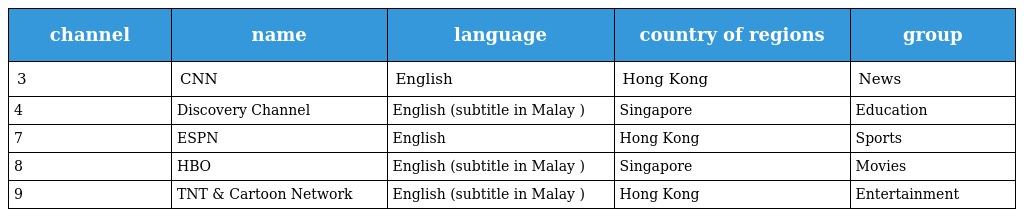
| channel | name | language | country of regions | group |
 | --- | --- | --- | --- | --- |
 | 3 | CNN | English | Hong Kong | News |
 | 4 | Discovery Channel | English (subtitle in Malay ) | Singapore | Education |
 | 7 | ESPN | English | Hong Kong | Sports |
 | 8 | HBO | English (subtitle in Malay ) | Singapore | Movies |
 | 9 | TNT & Cartoon Network | English (subtitle in Malay ) | Hong Kong | Entertainment |